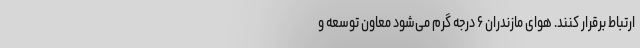
ارتباط برقرار کنند. هوای مازندران ۶ درجه گرم می‌شود معاون توسعه و